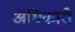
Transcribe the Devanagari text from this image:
अधिकारी